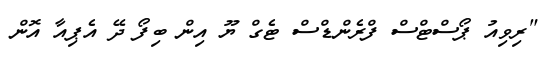
"ރިވިއު ޕޯސްޓްސް ފްރެންޑްސް ޓެގް ޔޫ އިން ބިފޯ ދޭ އެޕިއާ އޮން